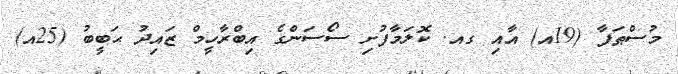
މުސްޠަފާ (19އ) އާއި ގއ. ކޮލަމާފުށި ސޯސަންގެ އިބްރާހީމް ޒައިދު ޙަބީބު (25އ)